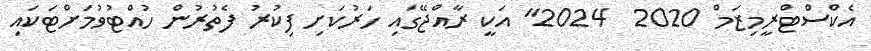
އެކްސްޓްރީމިޒަމް 2020  2024" އަކީ ރާއްޖޭގައި ހަރުކަށި ފިކުރު ފެތުރުން ހުއްޓުވުމަށްޓަކައި